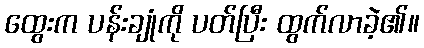
ထွေးက ပန်းချုံကို ပတ်ပြီး ထွက်လာခဲ့၏။